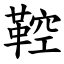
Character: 鞚